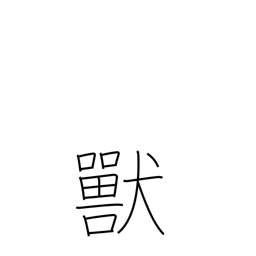
Meaning: bestial